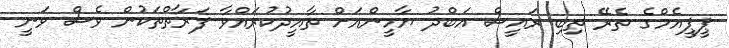
ޕީޕީއެމްގެ ތެރޭ ތިބި ރައީސް އަބްދު ޔާމީންއަށް ތާއީދުކުރައްވާ ފަރާތްތަކުން ވެސް ވަނީ